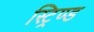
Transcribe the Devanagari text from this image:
स्ट्रिण्ड